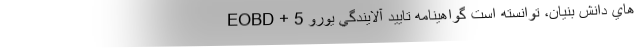
هاي دانش بنيان، توانسته است گواهينامه تاييد آلايندگي يورو 5 + EOBD